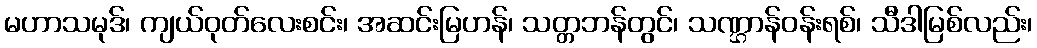
မဟာသမုဒ်၊ ကျယ်ဝုတ်လေးစင်း၊ အဆင်းမြဟန်၊ သတ္တဘန်တွင်၊ သဏ္ဌာန်ဝန်းရစ်၊ သီဒါမြစ်လည်း၊